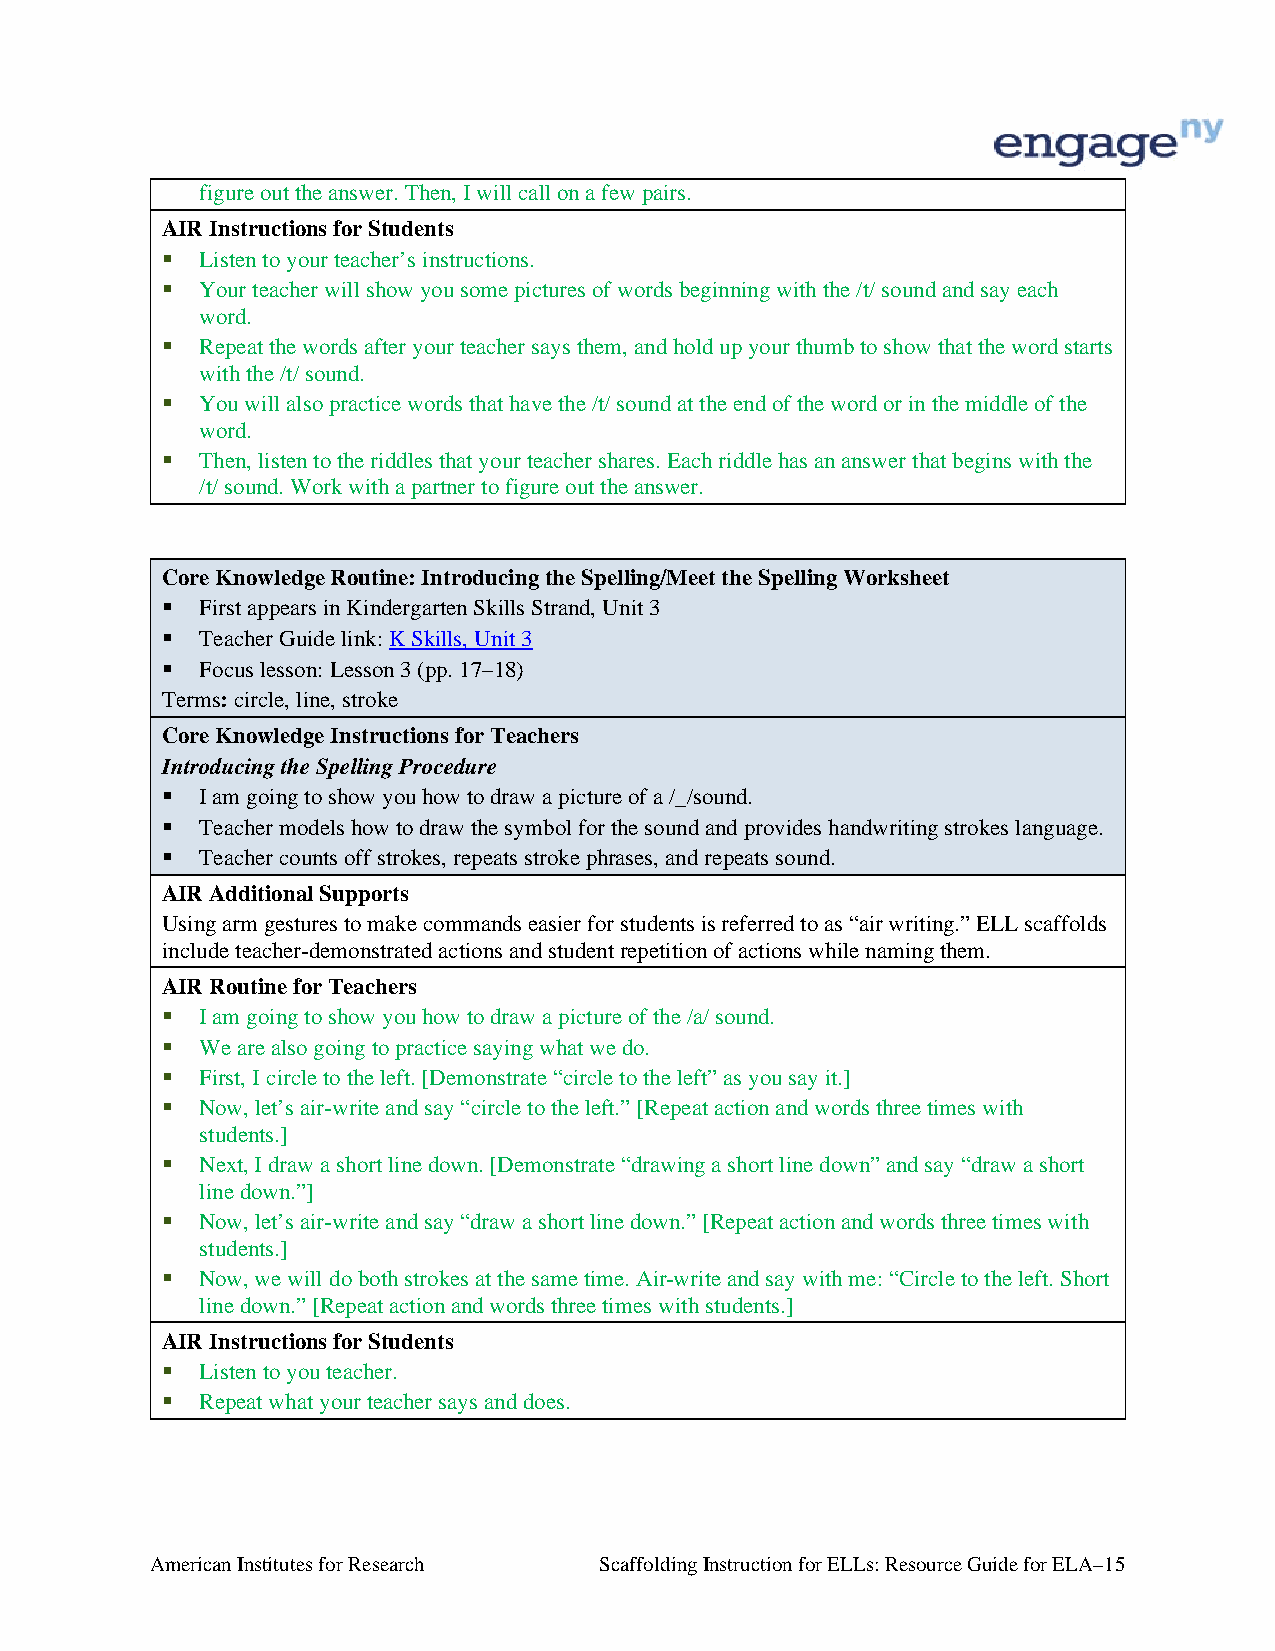
figure out the answer. Then, I will call on a few pairs.
 AIR Instructions for Students
  Listen to your teacher’s instructions.
  Your teacher will show you some pictures of words beginning with the /t/ sound and say each
 word.
  Repeat the words after your teacher says them, and hold up your thumb to show that the word starts
 with the /t/ sound.
  You will also practice words that have the /t/ sound at the end of the word or in the middle of the
 word.
  Then, listen to the riddles that your teacher shares. Each riddle has an answer that begins with the
 /t/ sound. Work with a partner to figure out the answer.
 Core Knowledge Routine: Introducing the Spelling/Meet the Spelling Worksheet
  First appears in Kindergarten Skills Strand, Unit 3
  Teacher Guide link: K Skills, Unit 3
  Focus lesson: Lesson 3 (pp. 17–18)
 Terms: circle, line, stroke
 Core Knowledge Instructions for Teachers
 Introducing the Spelling Procedure
  I am going to show you how to draw a picture of a /_/sound.
  Teacher models how to draw the symbol for the sound and provides handwriting strokes language.
  Teacher counts off strokes, repeats stroke phrases, and repeats sound.
 AIR Additional Supports
 Using arm gestures to make commands easier for students is referred to as “air writing.” ELL scaffolds
 include teacher-demonstrated actions and student repetition of actions while naming them.
 AIR Routine for Teachers
  I am going to show you how to draw a picture of the /a/ sound.
  We are also going to practice saying what we do.
  First, I circle to the left. [Demonstrate “circle to the left” as you say it.]
  Now, let’s air-write and say “circle to the left.” [Repeat action and words three times with
 students.]
  Next, I draw a short line down. [Demonstrate “drawing a short line down” and say “draw a short
 line down.”]
  Now, let’s air-write and say “draw a short line down.” [Repeat action and words three times with
 students.]
  Now, we will do both strokes at the same time. Air-write and say with me: “Circle to the left. Short
 line down.” [Repeat action and words three times with students.]
 AIR Instructions for Students
  Listen to you teacher.
  Repeat what your teacher says and does.
 American Institutes for Research Scaffolding Instruction for ELLs: Resource Guide for ELA–15